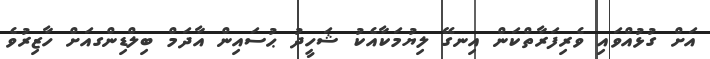
އަށް ގުޅުއްވައި ވެރިފަރާތްކަން އިނގޭ ލިޔުމަކާއެކު ޝަހީދު ޙުސައިން އާދަމް ބިލްޑިންގއަށް ހާޒިރުވެ